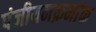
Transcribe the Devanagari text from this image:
पंजीयनक्रमांक